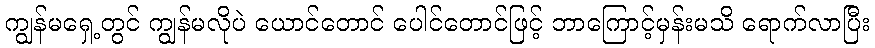
ကျွန်မရှေ့တွင် ကျွန်မလိုပဲ ယောင်တောင် ပေါင်တောင်ဖြင့် ဘာကြောင့်မှန်းမသိ ရောက်လာပြီး